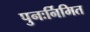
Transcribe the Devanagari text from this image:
पुनःर्निमित